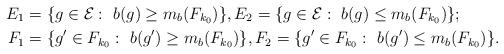
LaTeX: \begin{align*}E_1&=\{ g\in\mathcal E:\ b(g)\geq m_b(F_{k_0}) \},E_2=\{ g\in\mathcal E:\ b(g)\leq m_b(F_{k_0}) \};\\F_1&=\{ g'\in F_{k_0}:\ b(g')\geq m_b(F_{k_0}) \},F_2=\{ g'\in F_{k_0}:\ b(g')\leq m_b(F_{k_0}) \}.\end{align*}